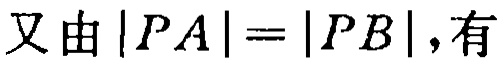
又由\(|PA| = |PB|\)，有